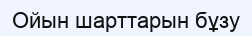
Ойын шарттарын бұзу